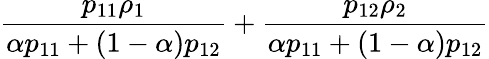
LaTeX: \frac{p_{11}\rho_{1}}{\alpha p_{11}+(1-\alpha)p_{12}}+\frac{p_{12}\rho_{2}}{\alpha p_{11}+(1-\alpha)p_{12}}